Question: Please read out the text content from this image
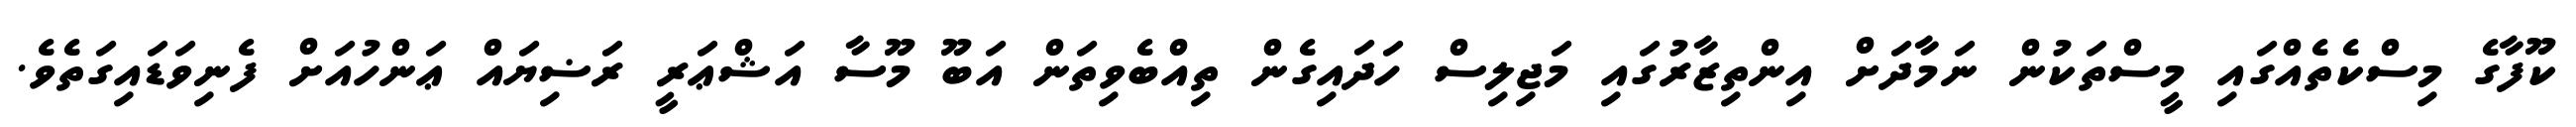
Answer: ކޫފާގެ މިސްކެތެއްގައި މީސްތަކުން ނަމާދަށް އިންތިޒާރުގައި މަޖިލިސް ހަދައިގެން ތިއްބެވިތަން އަބޫ މޫސާ އަޝްޢަރީ ރަޟިޔައް ޢަންހުއަށް ފެނިވަޑައިގަތެވެ.